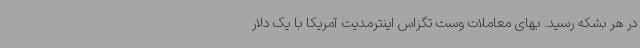
در هر بشکه رسید. بهای معاملات وست تگزاس اینترمدیت آمریکا با یک دلار